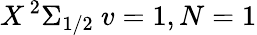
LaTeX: X\, ^{2}\Sigma_{1/2}\ v=1,N=1